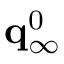
{ \bf q } _ { \infty } ^ { 0 }